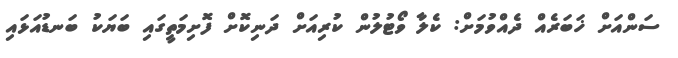
ސަންއަށް ޚަބަރެއް ދެއްވުމަށް: ކެލާ ވޯޓުލުން ކުރިއަށް ދަނިކޮށް ފޮށިމަތީގައި ބަޔަކު ބަނޑުއަޅައި